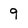
Character: 9